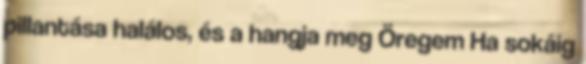
pillantása halálos, és a hangja meg Öregem Ha sokáig